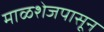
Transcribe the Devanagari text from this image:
माळशेजपासून